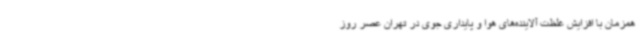
همزمان با افزایش غلظت آلاینده‌های هوا و پایداری جوی در تهران عصر روز